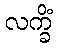
လက္ခိံ